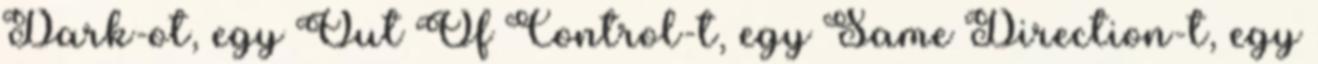
Dark-ot, egy Out Of Control-t, egy Same Direction-t, egy